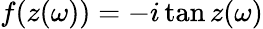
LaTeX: f(z(\omega))=-i\tan z(\omega)